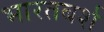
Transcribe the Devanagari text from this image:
भारतबर्श